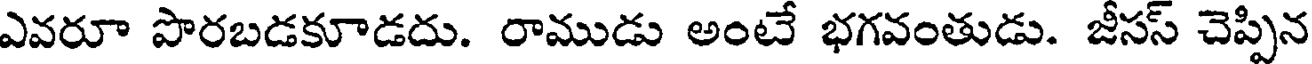
ఎవరూ పొరబడకూడదు. రాముడు అంటే భగవంతుడు. జీసస్ చెప్పిన